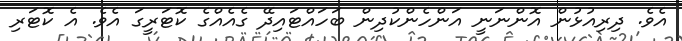
އެވެ. ދިރިއުޅުން އޮންނަނީ އަންހެންކުދިން ބަހައްޓައިދޭ ގެއެއްގެ ކޮޓަރީގަ އެވެ. އެ ކޮޓަރި